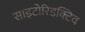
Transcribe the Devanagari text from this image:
साइटोरिडक्टिव